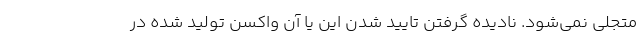
متجلی نمی‌شود. نادیده گرفتن تایید شدن این یا آن واکسن تولید شده در